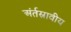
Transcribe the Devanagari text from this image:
अंर्तस्रावीय